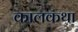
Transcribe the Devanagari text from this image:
कालकथा